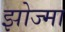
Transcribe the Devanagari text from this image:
झोज्मा